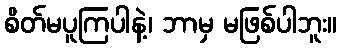
စိတ်မပူကြပါနဲ့၊ ဘာမှ မဖြစ်ပါဘူး။